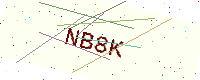
Text: NB8K